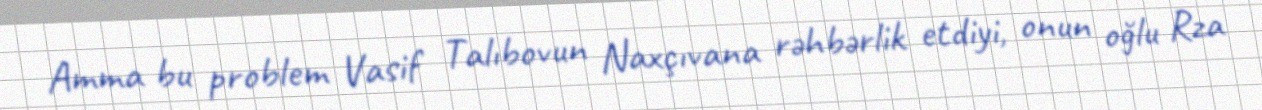
Amma bu problem Vasif Talıbovun Naxçıvana rəhbərlik etdiyi, onun oğlu Rza